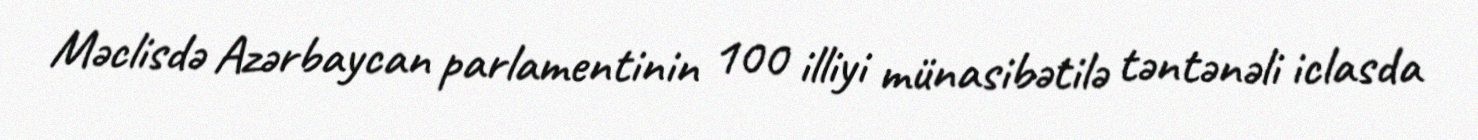
Məclisdə Azərbaycan parlamentinin 100 illiyi münasibətilə təntənəli iclasda